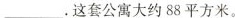
___,这套公寓大约88平方米。